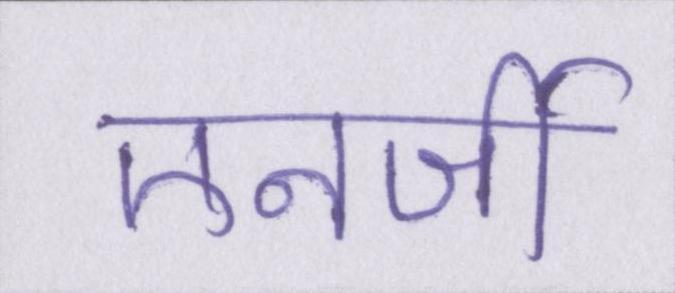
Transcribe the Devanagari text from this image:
एनर्जी